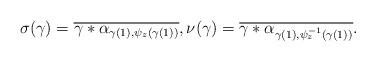
LaTeX: \begin{align*} \sigma(\gamma) = \overline{\gamma*\alpha_{\gamma(1),\psi_z(\gamma(1))}}, \nu(\gamma) = \overline{\gamma*\alpha_{\gamma(1),\psi_z^{-1}(\gamma(1))}}.\end{align*}